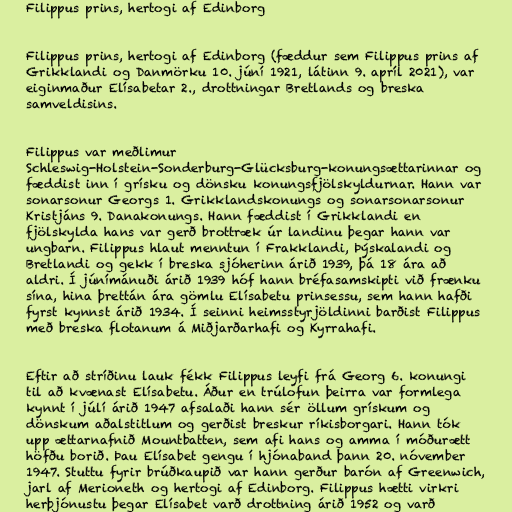
Filippus prins, hertogi af Edinborg

Filippus prins, hertogi af Edinborg (fæddur sem Filippus prins af
Grikklandi og Danmörku 10. júní 1921, látinn 9. apríl 2021), var
eiginmaður Elísabetar 2., drottningar Bretlands og breska
samveldisins.

Filippus var meðlimur
Schleswig-Holstein-Sonderburg-Glücksburg-konungsættarinnar og
fæddist inn í grísku og dönsku konungsfjölskyldurnar. Hann var
sonarsonur Georgs 1. Grikklandskonungs og sonarsonarsonur
Kristjáns 9. Danakonungs. Hann fæddist í Grikklandi en
fjölskylda hans var gerð brottræk úr landinu þegar hann var
ungbarn. Filippus hlaut menntun í Frakklandi, Þýskalandi og
Bretlandi og gekk í breska sjóherinn árið 1939, þá 18 ára að
aldri. Í júnímánuði árið 1939 hóf hann bréfasamskipti við frænku
sína, hina þrettán ára gömlu Elísabetu prinsessu, sem hann hafði
fyrst kynnst árið 1934. Í seinni heimsstyrjöldinni barðist Filippus
með breska flotanum á Miðjarðarhafi og Kyrrahafi.

Eftir að stríðinu lauk fékk Filippus leyfi frá Georg 6. konungi
til að kvænast Elísabetu. Áður en trúlofun þeirra var formlega
kynnt í júlí árið 1947 afsalaði hann sér öllum grískum og
dönskum aðalstitlum og gerðist breskur ríkisborgari. Hann tók
upp ættarnafnið Mountbatten, sem afi hans og amma í móðurætt
höfðu borið. Þau Elísabet gengu í hjónaband þann 20. nóvember
1947. Stuttu fyrir brúðkaupið var hann gerður barón af Greenwich,
jarl af Merioneth og hertogi af Edinborg. Filippus hætti virkri
herþjónustu þegar Elísabet varð drottning árið 1952 og varð